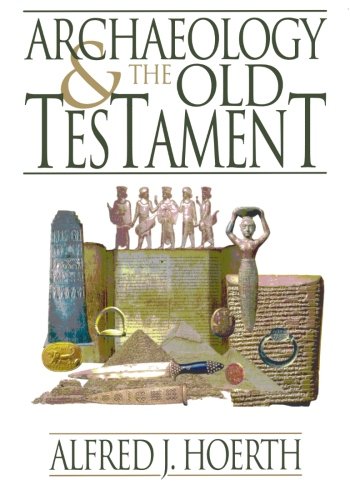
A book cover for Archaeology and the Old Testament; Alfred J. Hoerth; Christian Books & Bibles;